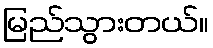
မြည်သွားတယ်။